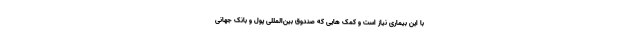
با این بیماری نیاز است و کمک هایی که صندوق بین‌المللی پول و بانک جهانی